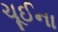
ચૂઈના